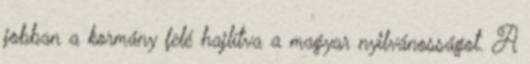
jobban a kormány felé hajlítva a magyar nyilvánosságot. A